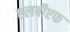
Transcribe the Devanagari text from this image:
एलबीएफ